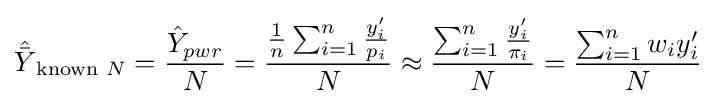
{\hat {\bar {Y}}}_{{\text{known }}N}={\frac {{\hat {Y}}_{pwr}}{N}}={\frac {{\frac {1}{n}}\sum _{i=1}^{n}{\frac {y'_{i}}{p_{i}}}}{N}}\approx {\frac {\sum _{i=1}^{n}{\frac {y'_{i}}{\pi _{i}}}}{N}}={\frac {\sum _{i=1}^{n}w_{i}y'_{i}}{N}}